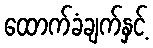
ထောက်ခံချက်နှင့်